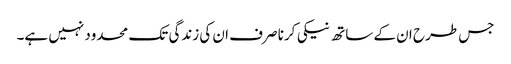
جس طرح ان کے ساتھ نیکی کرنا صرف ان کی زندگی تک محدود نہیں ہے۔